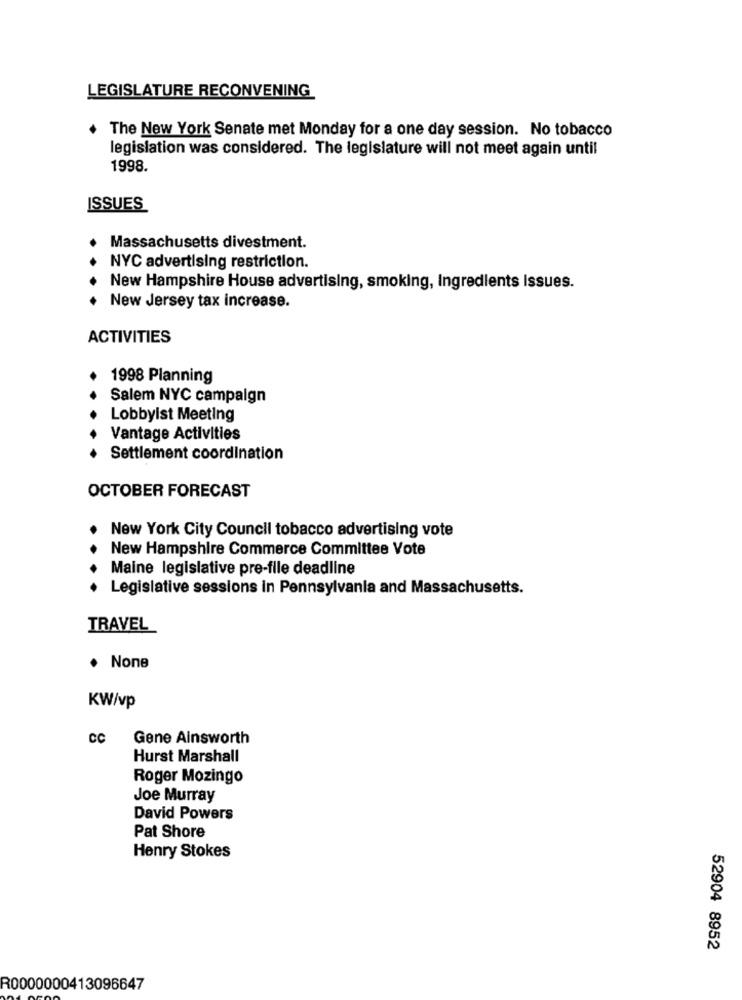
LEGISLATURE RECONVENING
The New York Senate met Monday for a one day session. No tobacco
legislation was considered. The legislature will not meet again until
1998.
ISSUES
Massachusetts divestment.
NYC advertising restriction.
New Hampshire House advertising, smoking, Ingredients Issues.
New Jersey tax increase.
ACTIVITIES
1998 Planning
Salem NYC campaign
Lobbyist Meeting
Vantage Activities
Settlement coordination
OCTOBER FORECAST
New York City Council tobacco advertising vote
New Hampshire Commerce Committee Vote
Maine legislative pre-file deadline
Legislative sessions in Pennsylvania and Massachusetts.
TRAVEL
KW/vp
CC
Gene Ainsworth
Hurst Marshall
Roger Mozingo
Joe Murray
David Powers
Pat Shore
Henry Stokes
52904 8952
R0000000413096647